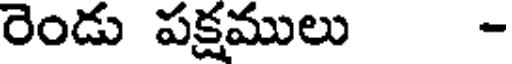
రెండు పక్షములు -